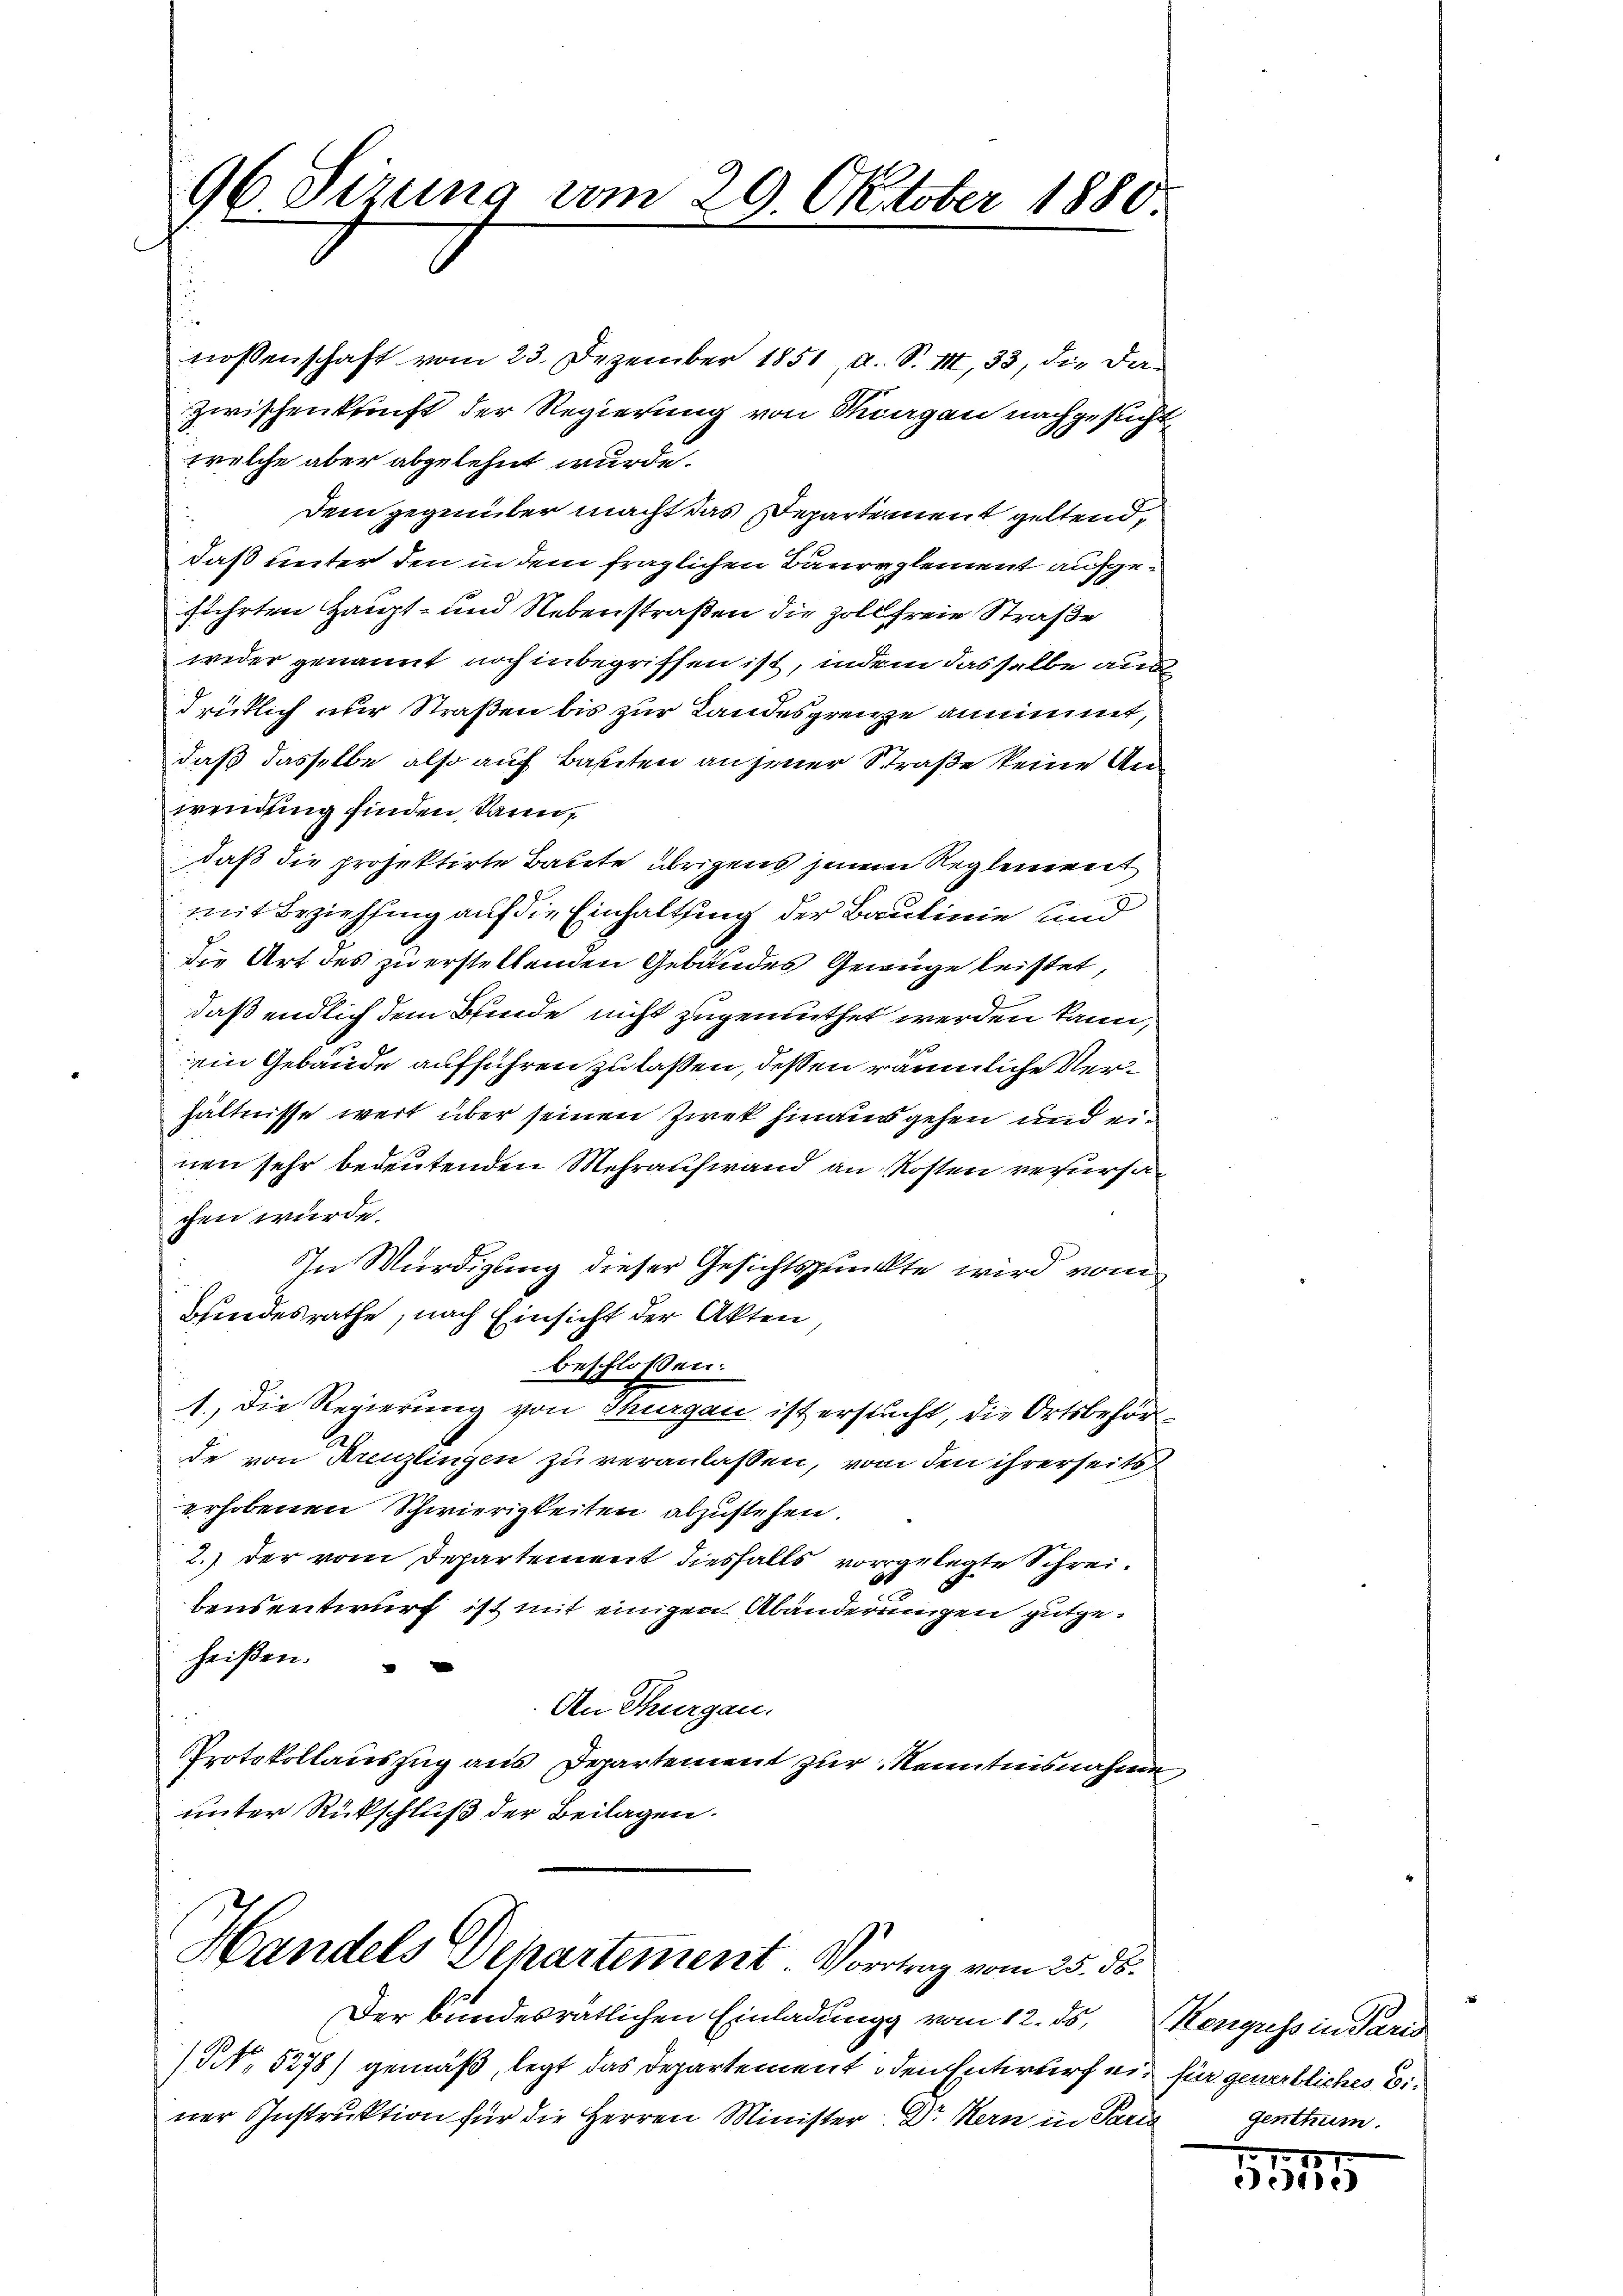
96 Sirung vom 29. Oktober 1880.

nossenschaft vom 23. Dezember 1851, a. S. III, 33, die dazwischenkunft der Regierung von Thurgau nachgesucht
welche aber abgelehnt wurde.
Dem gegenüber macht das Departement geltend,
daß unter den in dem fraglichen Baureglement aufgefuehrten Haupt- und Nebenstraßen die Zollfreie Straße
weder genannt noch inbegriffen ist, indem dasselbe aus
drüklich nur Straßen bis zur Landesgrenze annimmt,
daß dasselbe also auf Bauten an jener Straße keine Anwendung finden kann,
daß die projektirte Baute übrigens jenem Reglement
mit Beziehung auf die Einhaltung der Baulinie und
die Art des zu erstellenden Gebäudes Genüge leistet,
daß endlich dem Bunde nicht zugemuthet werden kann,
ein Gebäude aufführen zu laßen, dessen räumliche Verhältnisse wert über seinen Zwek hinausgehen und ein
nen sehr bedeutenden Mehraufwand an Kosten verursachen wurde.
In Würdigung dieser Gesichtspunkte wird vom
Bindesrathe, nach Einsicht der Akten,
beschloßen:
1.) Die Regierung von Thurgau ist ersucht, die Ortsbehörde von Kreuzlingen zu veranlassen, von den ihrerseits
erhobenen Schwierigkeiten abzustehen.
2.) der vom Departement diesfalls vorgelegte Schreibensentwurf ist mit einigen Abänderungen gutgeheißen.
Den Thurgau.
Protokollauszug aus Departement zur Kenntnisnahme
unter Rückschluß der Beilagen.

Handels Departement. Vortrag vom 25. ds.

Der bundesrätlichen Einladung vom 12. ds.
NNo. 5278) gemäß, legt das Departement den Entwurf ein für gewerbliches Einer Instruktion für die Herren Minister. Dr Kern in Paris genthum.

enguss in Paris

11115